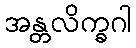
အန္တလိက္ခဂါ